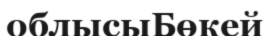
облысыБөкей